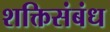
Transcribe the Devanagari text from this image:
शक्तिसंबंध